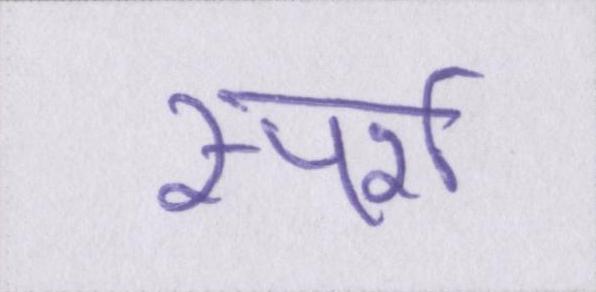
स्पर्श